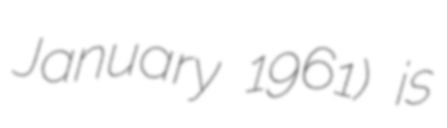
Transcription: January 1961) is